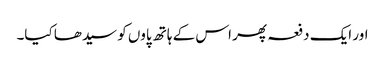
اور ایک دفعہ پھر اس کے ہاتھ پاوں کو سیدھا کیا۔